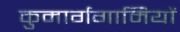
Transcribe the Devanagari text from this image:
कुमार्गगामियों